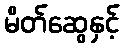
မိတ်ဆွေနှင့်